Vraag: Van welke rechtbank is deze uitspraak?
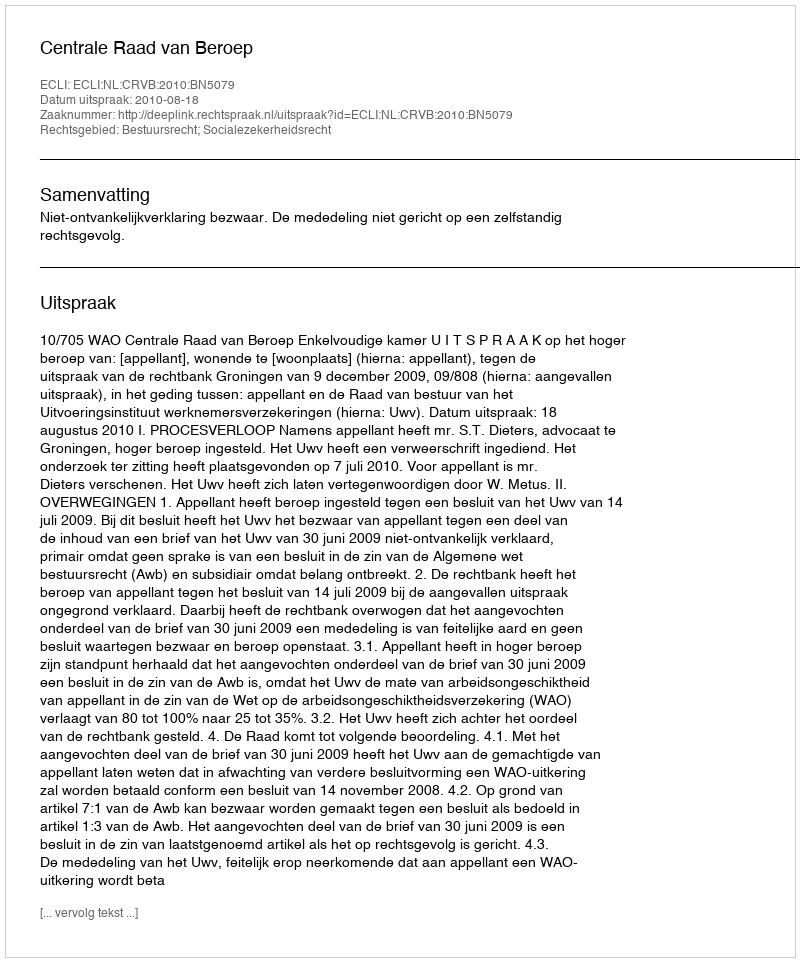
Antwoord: Centrale Raad van Beroep